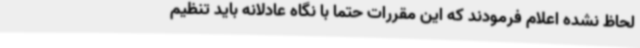
لحاظ نشده اعلام فرمودند که این مقررات حتماً با نگاه عادلانه باید تنظیم